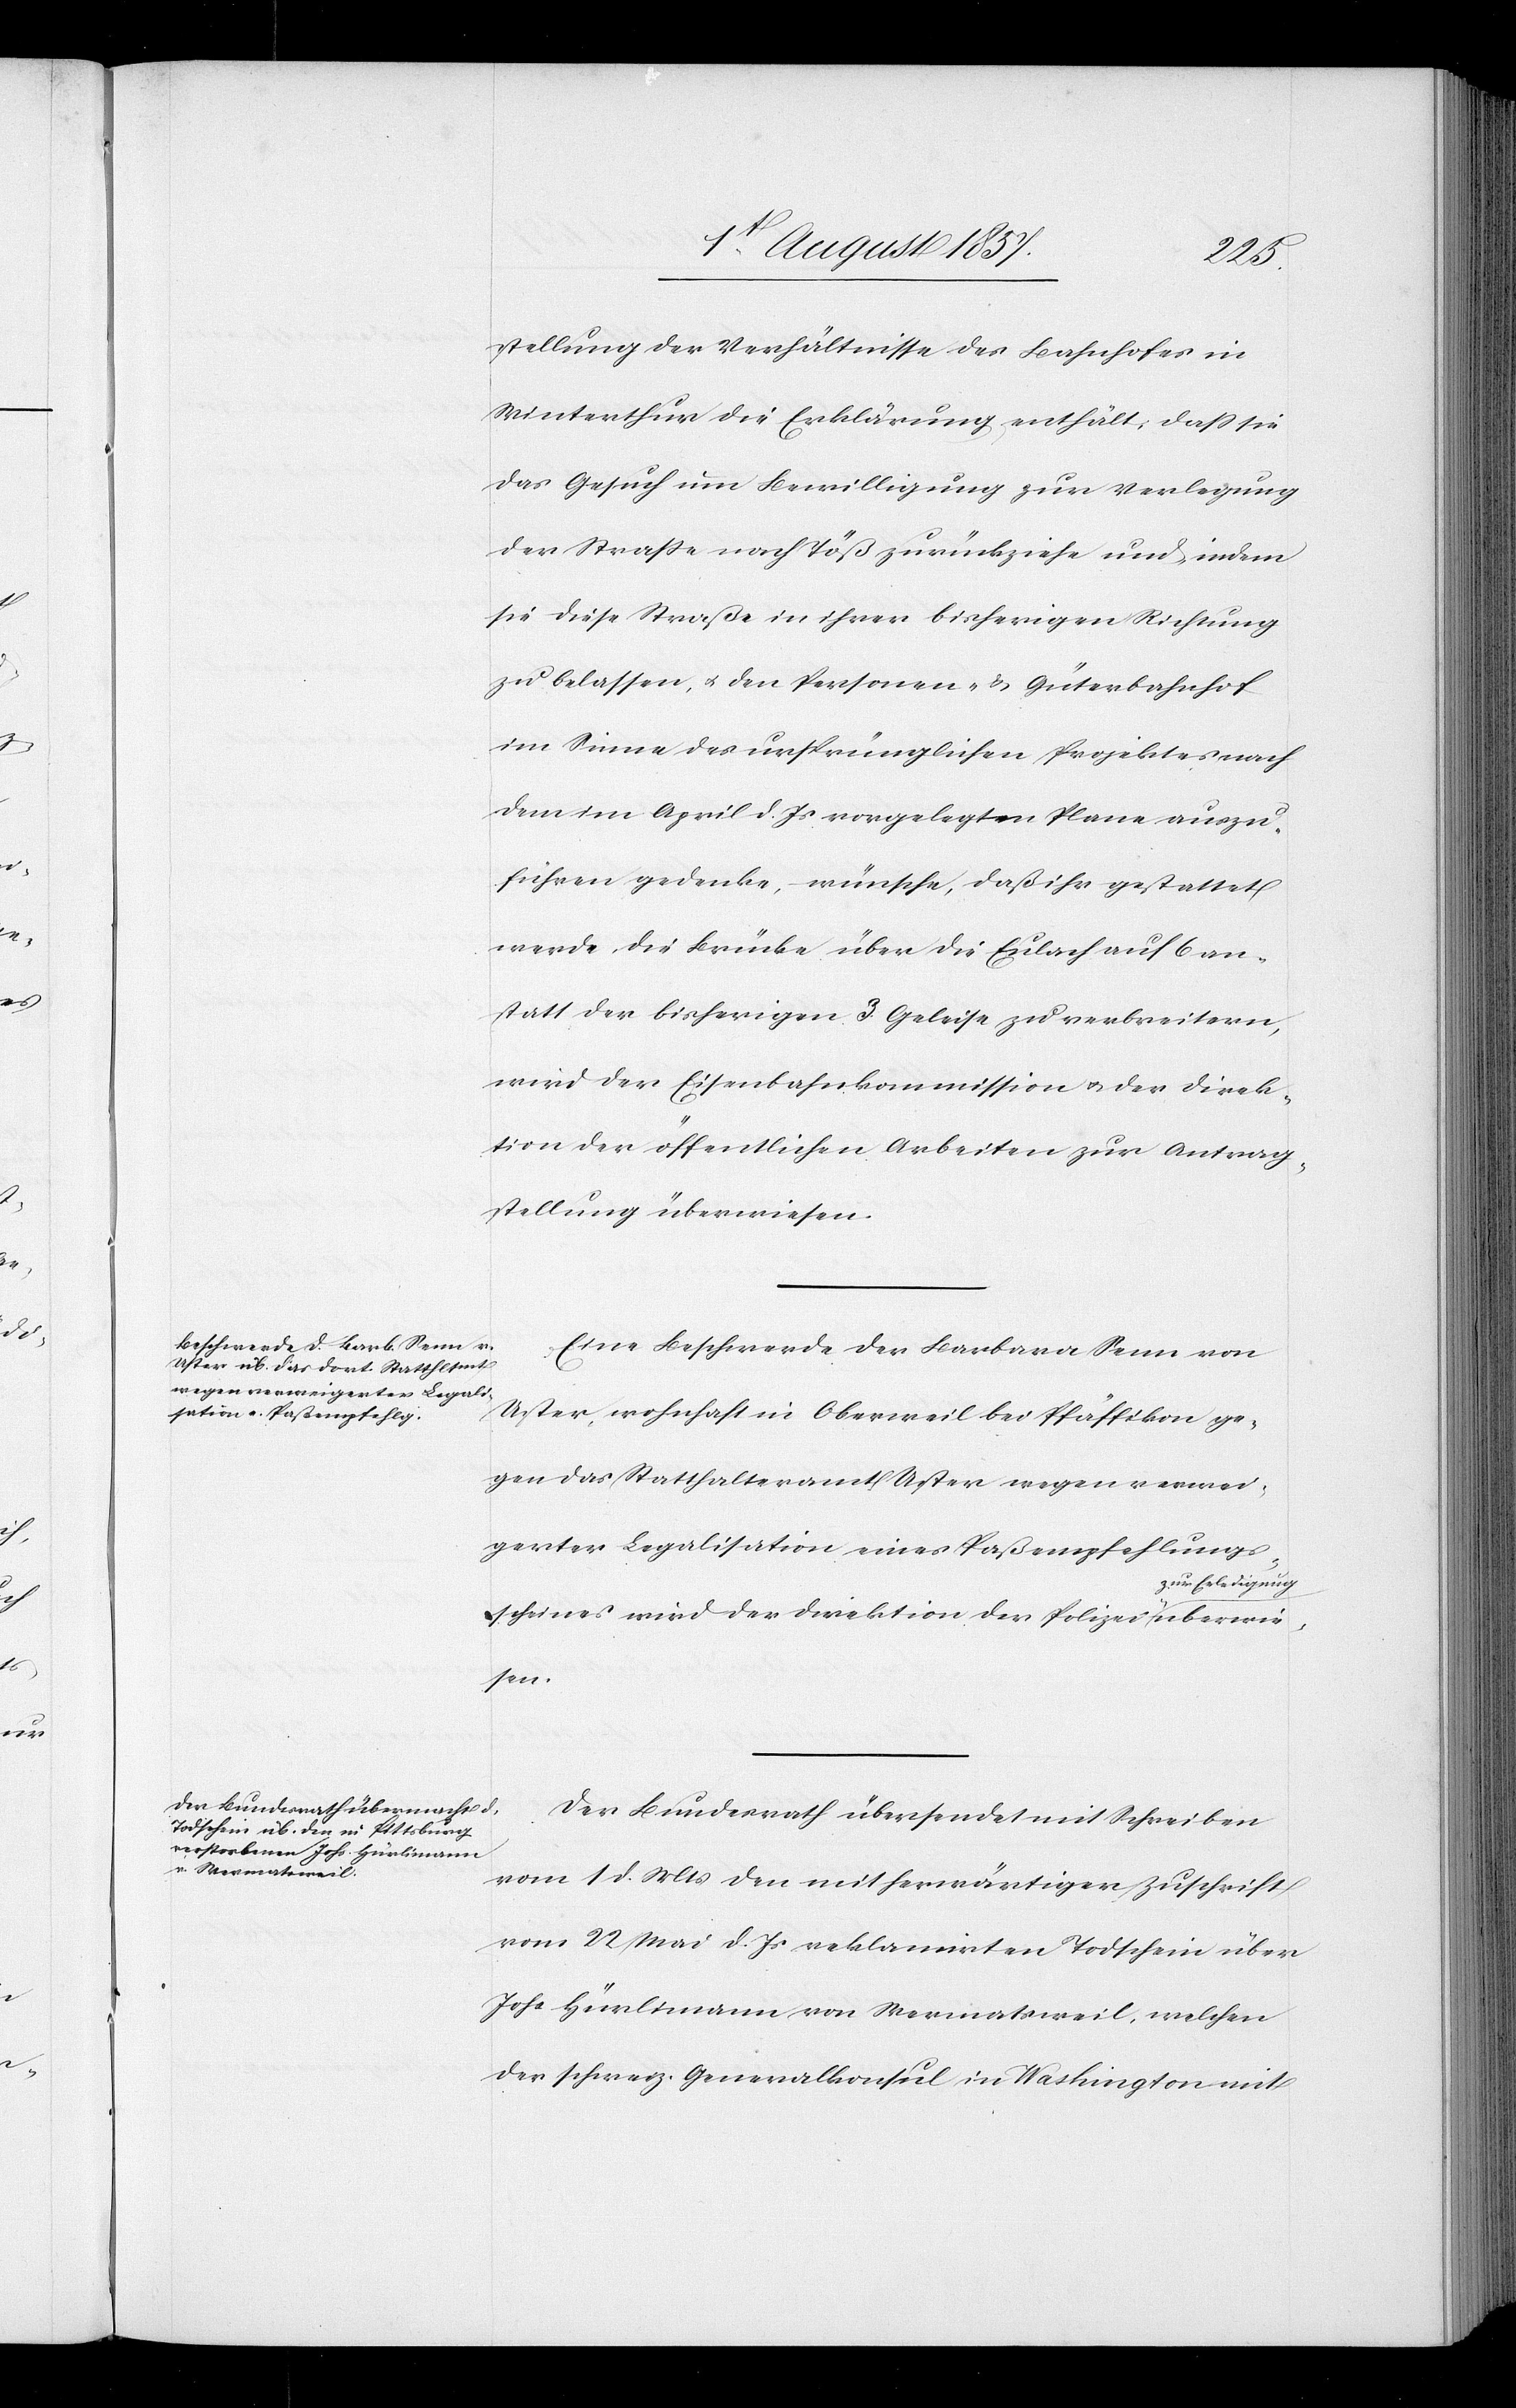
4t August 1857.]
den
stellung der Verhältnisse des Bahnhofes in
Winterthur die Erklärung enthält, daß sie
das Gesuch um Bewilligung zur Verlegung
der Straße nach Töß zurückziehe und indem
sie diese Straße in ihrer bisherigen Richtung
zu belassen, & den Personen- & Güterbahnhof
im Sinne des ursprünglichen Projektes nach
dem im April d. Js. vorgelegten Plane auszu¬
führen gedenke, wünsche, daß ihr gestattet
werde die Brücke über die Eulach auf 6 an¬
statt der bisherigen 3 Geleise zu verbreitern,
wird der Eisenbahnkommission & der Direk¬
tion der öffentlichen Arbeiten zur Antrag¬
stellung überwiesen.
Eine Beschwerde der Barbara Senn von
Uster, wohnhaft in Oberweil bei Pfäffikon ge¬
gen das Statthalteramt Uster wegen verwei¬
gerter Legalisation eines Paßempfehlungs¬
scheines wird der Direktion der Polizei zur
Der Bundesrath übersendet mit Schreiben
vom 1 d. Mts. den mit herwärtiger Zuschrift
vom 22 Mai d. Js. reklamirten Todschein über
Johs. Hürlimann von Wermatsweil, welchen
der schweiz. Generalkonsul in Washington mit